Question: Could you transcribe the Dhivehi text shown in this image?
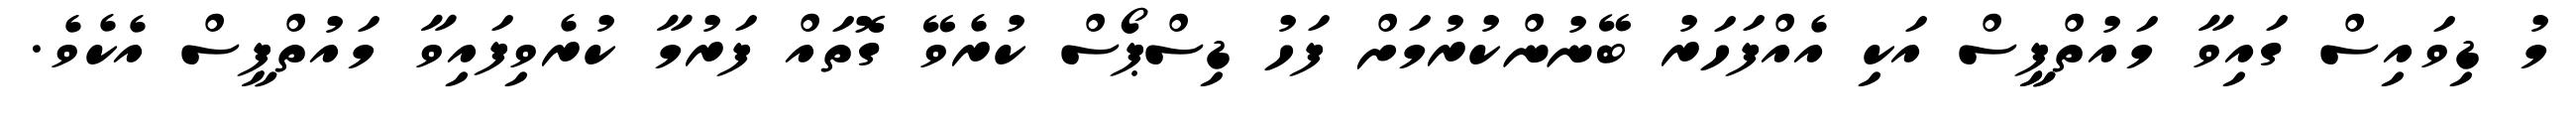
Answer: މު ޑިވައިސް ގައިވާ މައުތްޕީީސް އަކި އެއްފަހަރު ބޭނުންކުރުމަށް ފަހު ޑިސްޕޯސް ކުރެވޭ ގޮތައް ފަރުމާ ކުރެވިފައިވާ މައުތްޕީސް އެކެވެ.